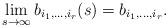
LaTeX: \begin{align*}\lim_{s\rightarrow \infty}b_{i_1,\ldots,i_r}(s)=b_{i_1,\ldots,i_r}.\end{align*}